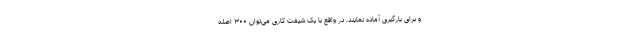
و برای بارگیری آماده نمایند. در واقع با یک شیفت کاری می‌توان ۳۰۰ اصله